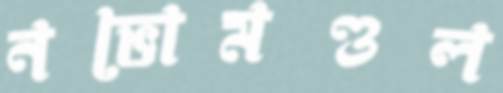
নভোমণ্ডল